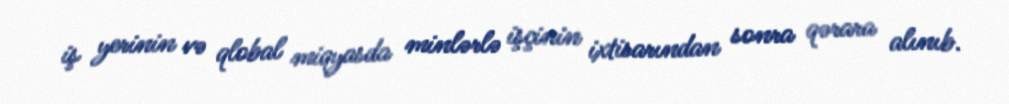
iş yerinin və qlobal miqyasda minlərlə işçinin ixtisarından sonra qərara alınıb.